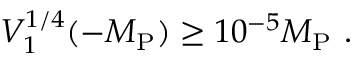
V _ { 1 } ^ { 1 / 4 } ( - M _ { \mathrm { P } } ) \geq 1 0 ^ { - 5 } M _ { \mathrm { P } } \ .